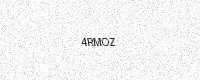
Text: 4RMOZ